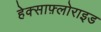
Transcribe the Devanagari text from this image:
हेक्साफ़्लोराइड